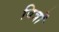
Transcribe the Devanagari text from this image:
वित्रों